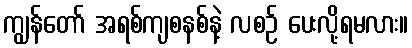
ကျွန်တော် အရစ်ကျစနစ်နဲ့ လစဉ် ပေးလို့ရမလား။